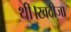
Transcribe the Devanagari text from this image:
थी।खदीजा